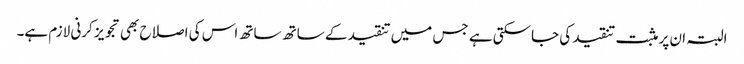
البتہ ان پر مثبت تنقید کی جاسکتی ہے جس میں تنقید کے ساتھ ساتھ اس کی اصلاح بھی تجویز کرنی لازم ہے۔